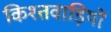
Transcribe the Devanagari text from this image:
किश्तवाड़ियों